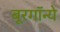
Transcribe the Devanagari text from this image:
बूरगॉन्ये